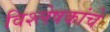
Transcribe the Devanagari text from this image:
विश्लेषकांचे